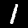
Digit: 1